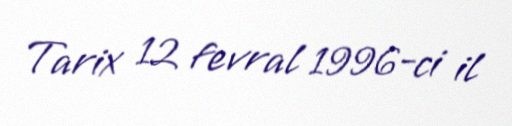
Tarix 12 fevral 1996-ci il